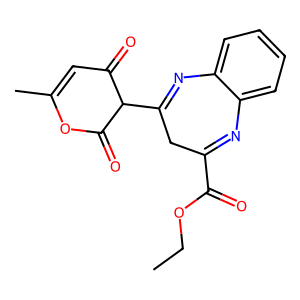
SMILES: CCOC(=O)C1=Nc2ccccc2N=C(C2C(=O)C=C(C)OC2=O)C1
Inhibits HIV replication: No